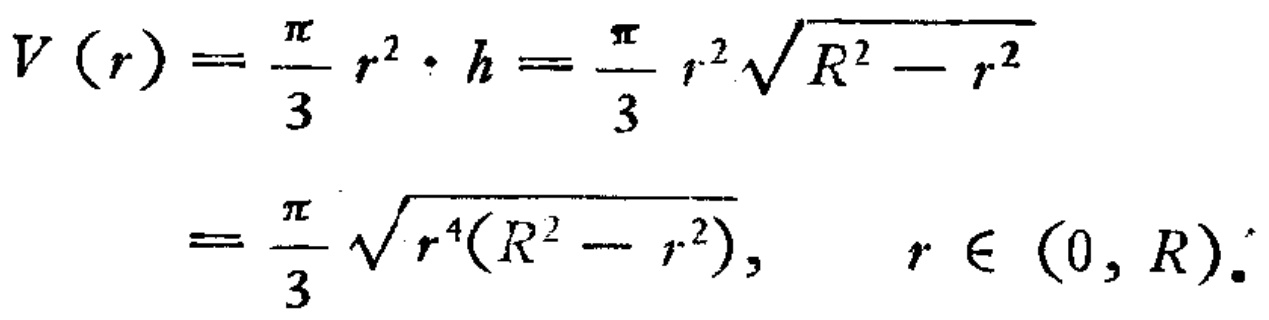
\[
\begin{align*}
V(r)&=\frac{\pi}{3}r^{2}\cdot h=\frac{\pi}{3}r^{2}\sqrt{R^{2}-r^{2}}\\
&=\frac{\pi}{3}\sqrt{r^{4}(R^{2}-r^{2})}, \quad r\in(0,R).
\end{align*}
\]